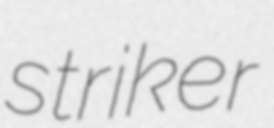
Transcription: striker